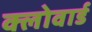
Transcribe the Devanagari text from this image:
क्लोवार्ड